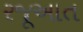
રજૂઆત